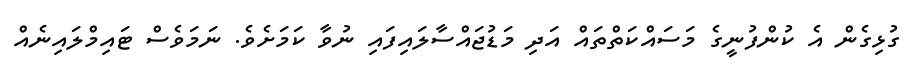
ގުޅިގެން އެ ކުންފުނީގެ މަސައްކަތްތައް އަދި މަޑުޖައްސާލައިފައި ނުވާ ކަމަށެވެ. ނަމަވެސް ޓައިމްލައިނެއް